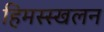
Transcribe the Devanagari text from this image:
हिमस्स्खलन